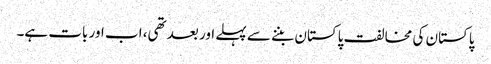
پاکستان کی مخالفت پاکستان بننے سے پہلے اور بعد تھی، اب اور بات ہے۔